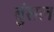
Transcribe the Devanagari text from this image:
बुंसल